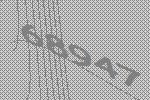
68947